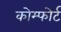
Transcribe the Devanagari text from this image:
कोम्फोर्ट